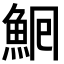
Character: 𩶠